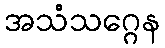
အသံသဂ္ဂေန